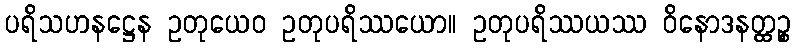
ပရိသဟနဋ္ဌေန ဥတုယေဝ ဥတုပရိဿယော။ ဥတုပရိဿယဿ ဝိနောဒနတ္ထဉ္စ